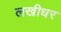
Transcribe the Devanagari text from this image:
लखीधर